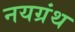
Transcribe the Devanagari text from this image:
नयग्रंथ